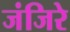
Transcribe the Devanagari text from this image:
जंजिरे